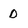
Character: D